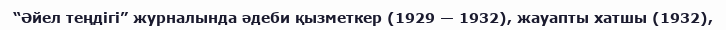
“Әйел теңдігі” журналында әдеби қызметкер (1929 — 1932), жауапты хатшы (1932),